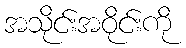
အသိုင်းအဝိုင်းကို